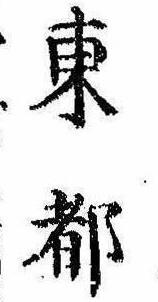
東都